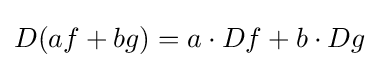
D(af+bg)=a\cdot Df+b\cdot Dg